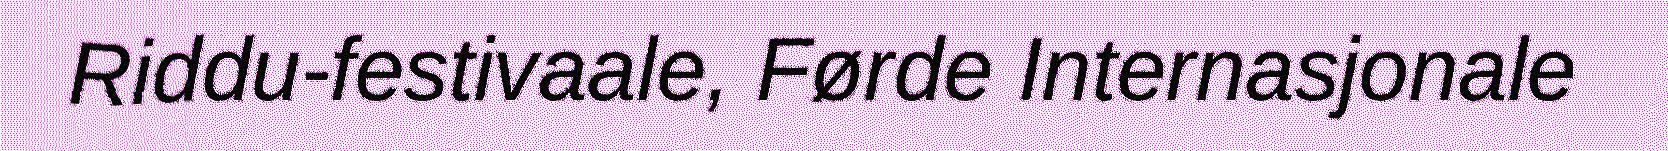
Riddu-festivaale, Førde Internasjonale